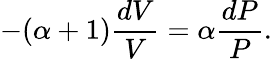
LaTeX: -(\alpha+1){\frac{dV}{V}}=\alpha{\frac{dP}{P}}.